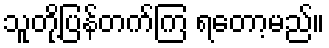
သူတို့ပြန်တက်ကြ ရတော့မည်။